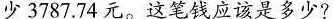
少3787.74元。这笔钱应该是多少?